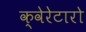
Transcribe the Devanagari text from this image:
क्वेरेटारो